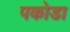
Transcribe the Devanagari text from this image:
पकोडा